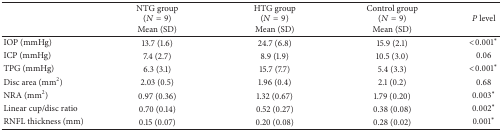
<table><thead><tr><td><b> </b></td><td><b>NTG group (<i>N</i> = 9) Mean (SD)</b></td><td><b>HTG group (<i>N</i> = 9) Mean (SD)</b></td><td><b>Control group (<i>N</i> = 9) Mean (SD)</b></td><td><b><i>P</i> level</b></td></tr></thead><tbody><tr><td>IOP (mmHg)</td><td>13.7 (1.6)</td><td>24.7 (6.8)</td><td>15.9 (2.1)</td><td>&lt;0.001*</td></tr><tr><td>ICP (mmHg)</td><td>7.4 (2.7)</td><td>8.9 (1.9)</td><td>10.5 (3.0)</td><td>0.06</td></tr><tr><td>TPG (mmHg)</td><td>6.3 (3.1) </td><td>15.7 (7.7)</td><td>5.4 (3.3)</td><td>&lt;0.001*</td></tr><tr><td>Disc area (mm<sup>2</sup>)</td><td>2.03 (0.5)</td><td>1.96 (0.4)</td><td>2.1 (0.2)</td><td>0.68</td></tr><tr><td>NRA (mm<sup>2</sup>)</td><td>0.97 (0.36)</td><td>1.32 (0.67)</td><td>1.79 (0.20)</td><td>0.003*</td></tr><tr><td>Linear cup/disc ratio</td><td>0.70 (0.14)</td><td>0.52 (0.27)</td><td>0.38 (0.08)</td><td>0.002*</td></tr><tr><td>RNFL thickness (mm)</td><td>0.15 (0.07)</td><td>0.20 (0.08)</td><td>0.28 (0.02)</td><td>0.001*</td></tr></tbody></table>